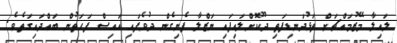
ލައިލާ މޭޒުމައްޗަށް ތަޅުދަނޑިފަތި ދޫކޮށްލައިފައި ނަޒްލާ ފެނިގެން ދުވެފައި އައިސް ފަހަތުން ބައްދައިގަތެވެ.